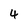
Character: 4